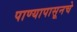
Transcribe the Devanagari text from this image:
पाण्यापासूनचे